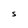
Character: S